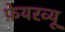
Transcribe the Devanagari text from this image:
फ़ेयरव्यू